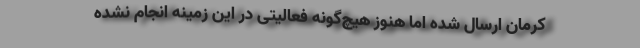
کرمان ارسال شده اما هنوز هیچ‌گونه فعالیتی در این زمینه انجام نشده